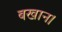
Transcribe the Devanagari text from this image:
बखान।